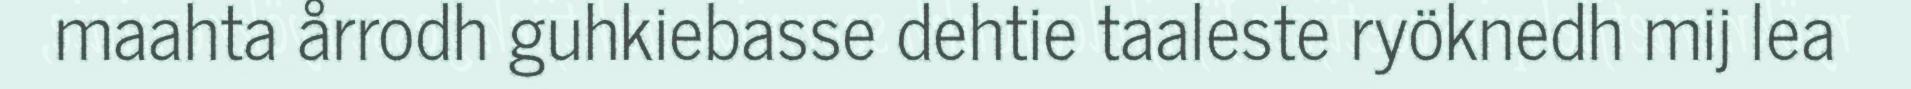
maahta årrodh guhkiebasse dehtie taaleste ryöknedh mij lea